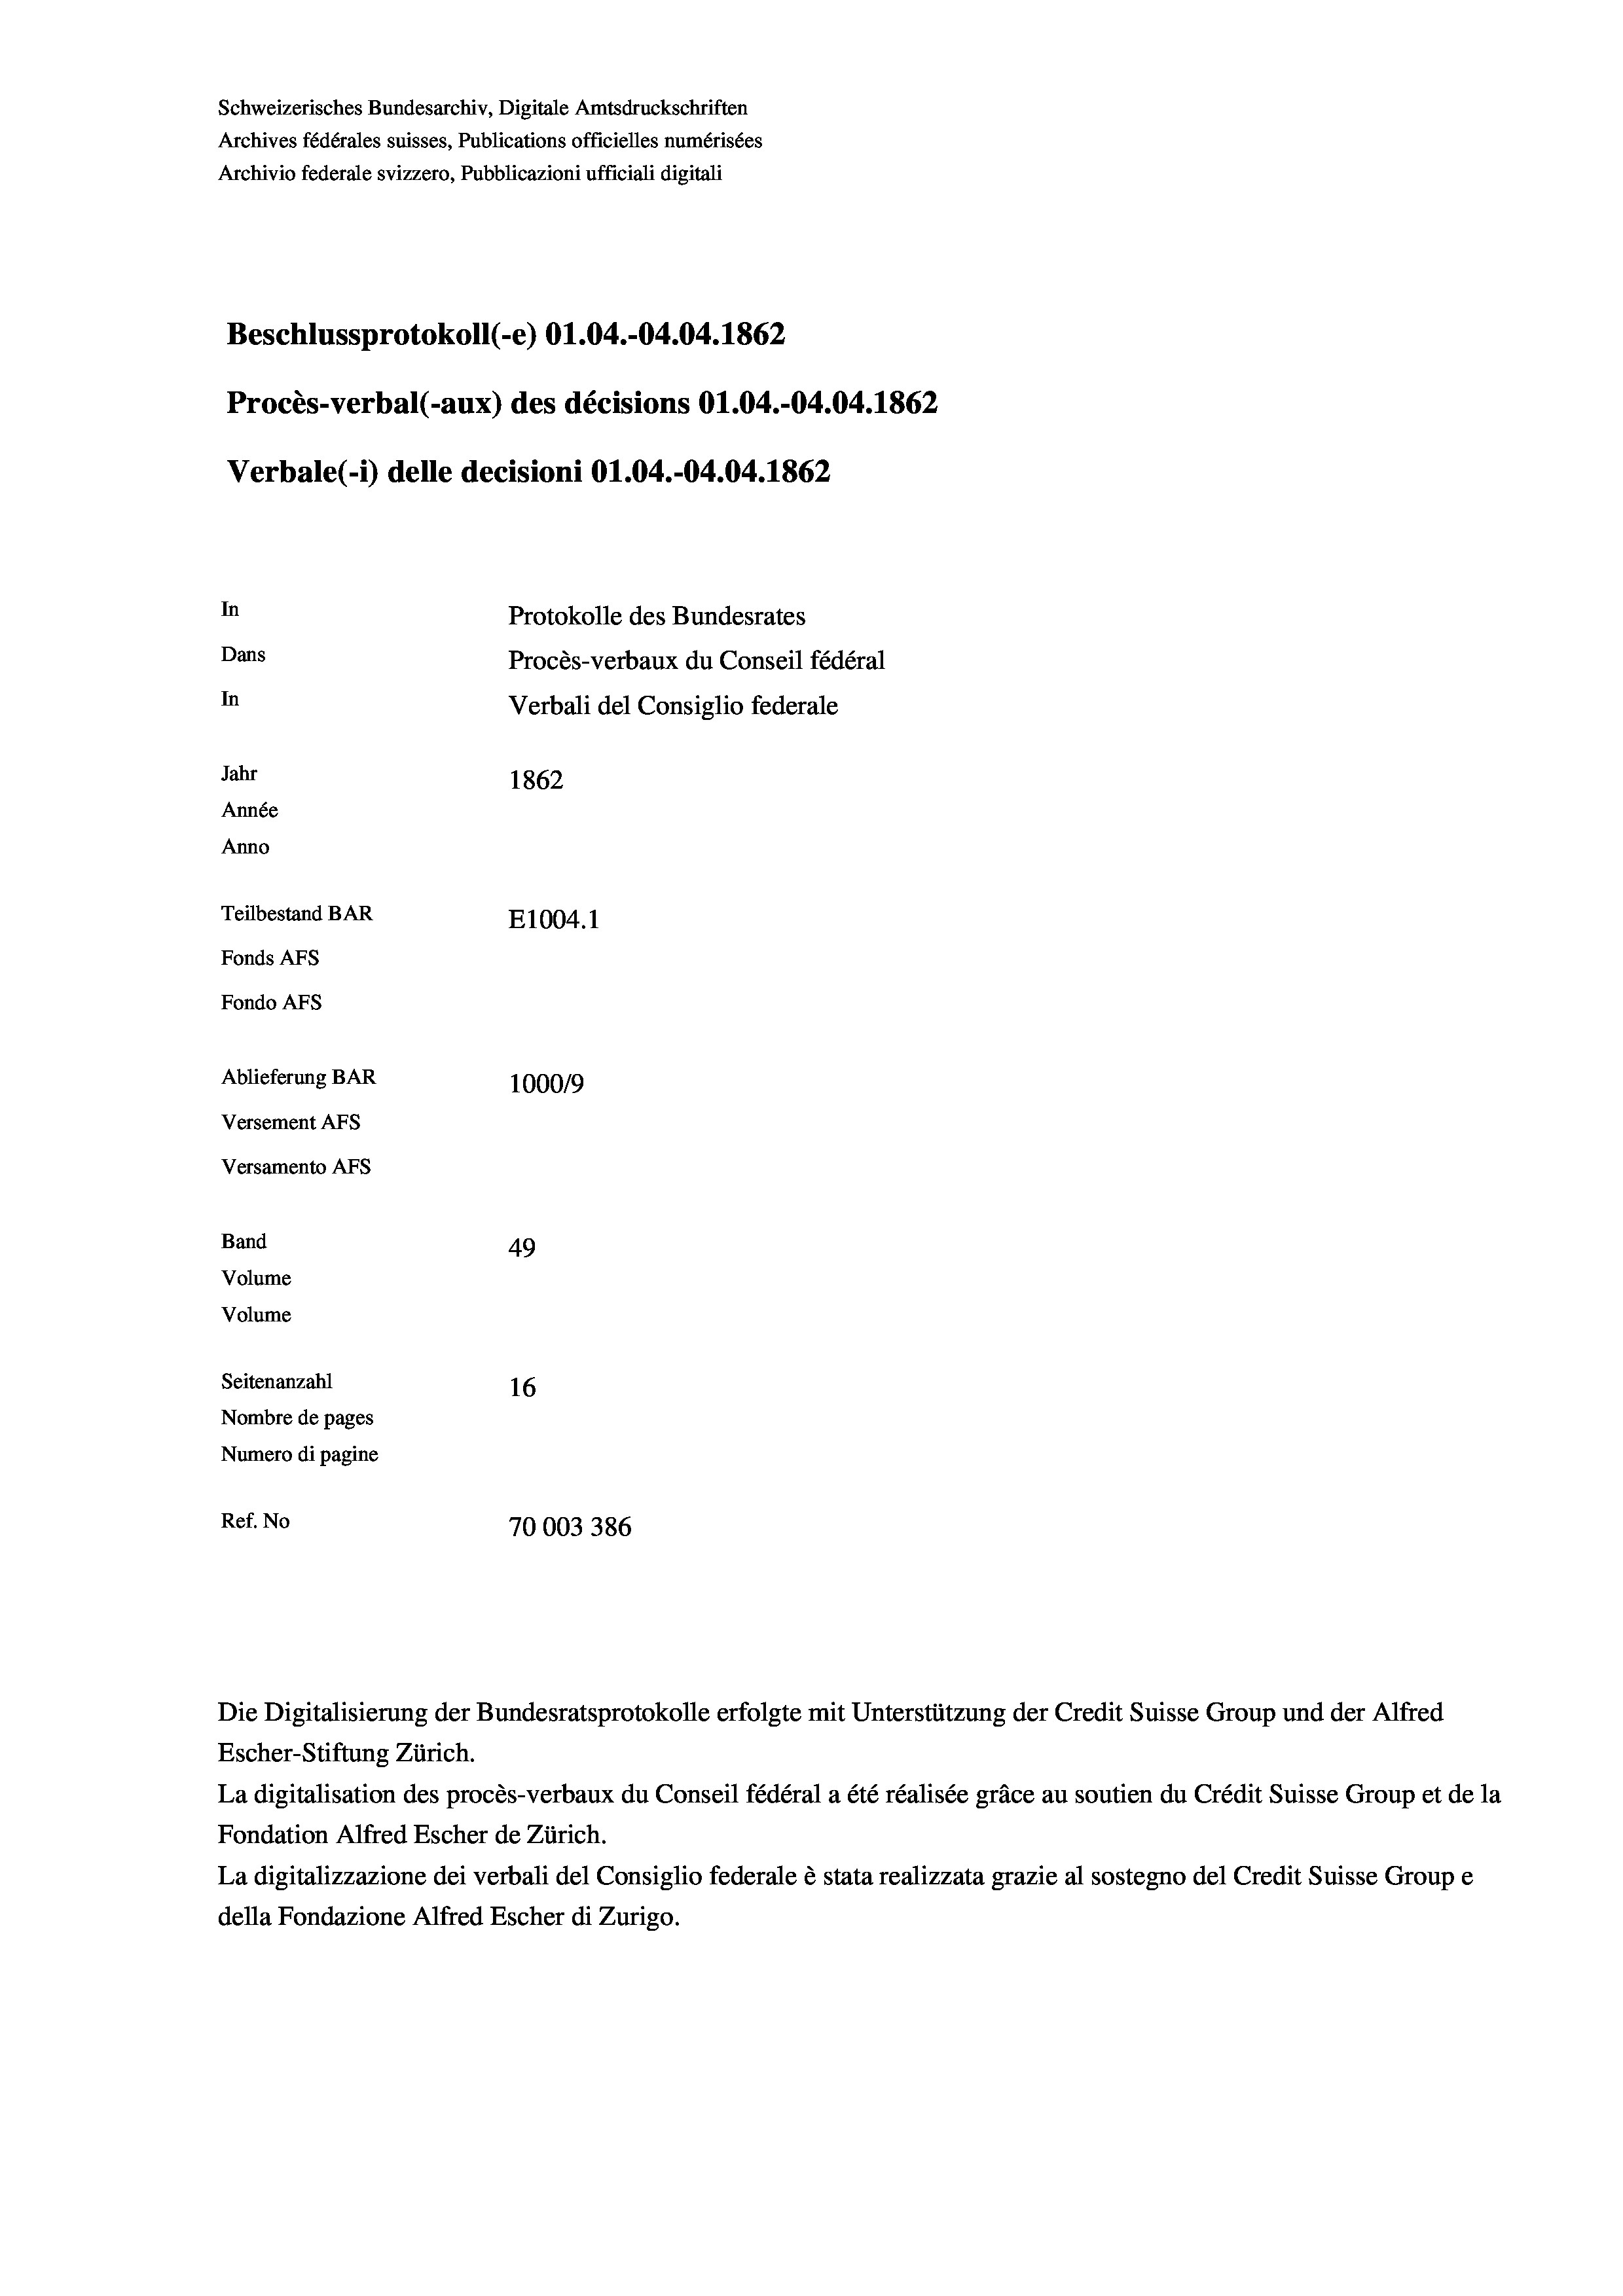
Schweizerisches Bundesarchiv, Digitale Amtsdruckschriften
Archives fédérales suisses, Publications officielles numérisées
Archivio federale svizzero, Pubblicazioni ufficiali digitali
Beschlussprotokoll (-e) O1.04.-04.04. 1862
Procès-verbal (-aux) des décisions O1.04.-04.04. 1862
Verbale(-*) delle decisioni Ol.04.-04.04. 1862
In
Protokolle des Bundesrates
Dans
Procès-verbaux du Conseil fédéral
In
Verbali del Consiglio federale
Jahr
1862
Année
Anno
Teilbestand BAR
E1004.1
Fonds AFs
Fondo Afs
Ablieferung BAR
100019
Versement Ans
Versamento Afs
Band
49
Volume
Volume
Seitenanzahl
16
Nombre de pages
Numero di pagine
Ref. No
70003 386

Escher-Stiftung Zürich.
La digitalisation des procès-verbaux du Conseil fédéral a été réalisée gräce au soutien du Crédit Suisse Group et de la
Fondation Alfred Escher de Zürich.
La digitalizzazione dei verbali del Consiglio federale è stata realizzata grazie al sostegno del Credit Suisse Groupe
della Fondazione Alfred Escher di Zurigo.

Die Digitalisierung der Bundesratsprotokolle erfolgte mit Unterstützung der Credit Suisse Group und der Alfred